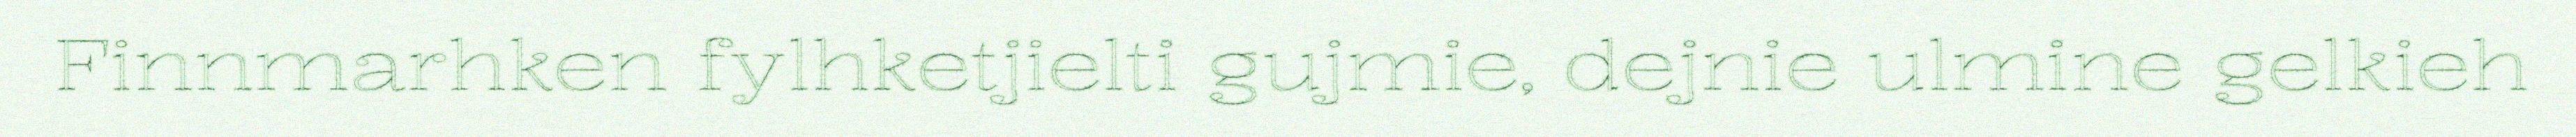
Finnmarhken fylhketjielti gujmie, dejnie ulmine gelkieh